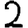
Digit: 2